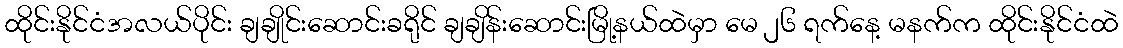
ထိုင်းနိုင်ငံအလယ်ပိုင်း ချချိုင်းဆောင်းခရိုင် ချချိန်းဆောင်းမြို့နယ်ထဲမှာ မေ ၂၆ ရက်နေ့ မနက်က ထိုင်းနိုင်ငံထဲ